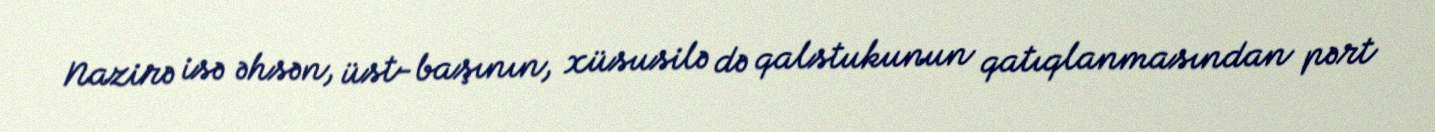
Nazirə isə əhsən, üst-başının, xüsusilə də qalstukunun qatıqlanmasından pərt